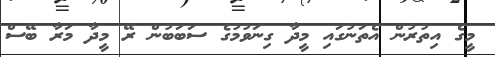
މީގެ އިތުރުން އެތަނުގައި މީދާ ގިނަވުމުގެ ސަބަބުން ރޭ މީދާ މަރާ ބޭސް